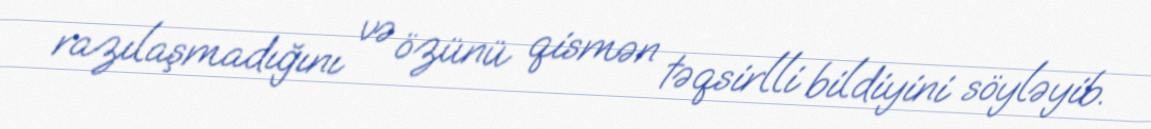
razılaşmadığını və özünü qismən təqsirlli bildiyini söyləyib.